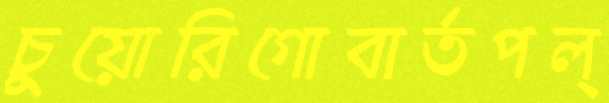
চুয়োরিগোবার্তপল্